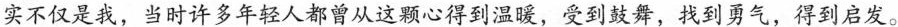
实不仅是我，当时许多年轻人都曾从这颗心得到温暖，受到鼓舞，找到勇气，得到启发。